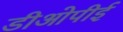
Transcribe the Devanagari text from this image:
डीओपीई